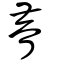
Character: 瞢